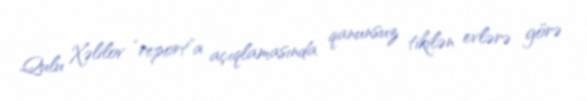
Qulu Xəlilov “report”a açıqlamasında qanunsuz tikilən evlərə görə